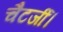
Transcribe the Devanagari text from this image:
चैटर्जी।